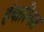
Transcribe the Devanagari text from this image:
हेपारिनस